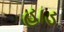
હાડ